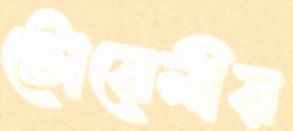
টোয়েনীয়